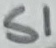
Text: S1